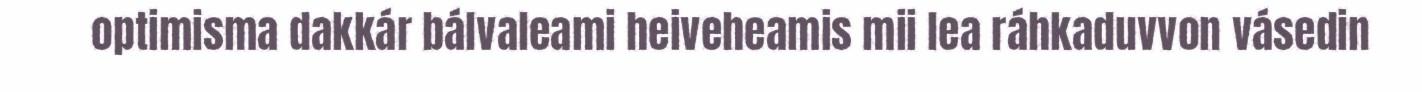
optimisma dakkár bálvaleami heiveheamis mii lea ráhkaduvvon vásedin